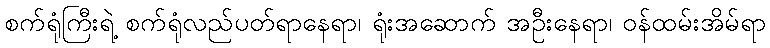
စက်ရုံကြီးရဲ့ စက်ရုံလည်ပတ်ရာနေရာ၊ ရုံးအဆောက် အဦးနေရာ၊ ဝန်ထမ်းအိမ်ရာ